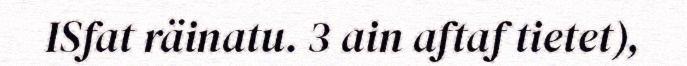
ISfat räinatu. 3 ain aftaf tietet),